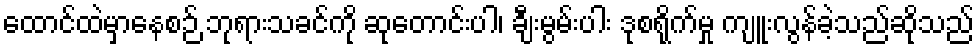
ထောင်ထဲမှာနေစဉ် ဘုရားသခင်ကို ဆုတောင်းပါ၊ ချီးမွမ်းပါး ဒုစရိုက်မှု ကျူးလွန်ခဲ့သည်ဆိုသည်